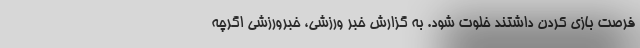
فرصت بازی کردن داشتند خلوت شود. به گزارش خبر ورزشی، خبرورزشی اگرچه